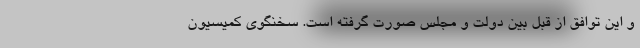
و این توافق از قبل بین دولت و مجلس صورت گرفته است. سخنگوی کمیسیون